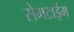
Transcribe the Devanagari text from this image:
सेमटाईम